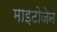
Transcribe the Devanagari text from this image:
माइटोजेन